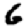
Digit: 6